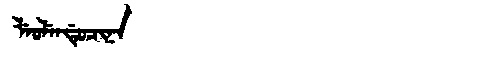
Manchu: ᠯᡝᠣᠯᡝᠨᡩᡠᠴᡳᠨᠠ
Romanization: LEOLENDUCINA